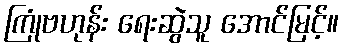
ကြုံဗဟုန်း ရေးဆွဲသူ အောင်မြင့်။